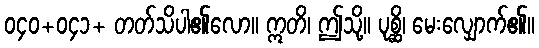
၀၄၀+၀၄၁+ တတ်သိပါ၏လော။ ဣတိ၊ ဤသို့။ ပုစ္ဆိ၊ မေးလျှောက်၏။